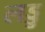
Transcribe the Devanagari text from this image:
लड्डु